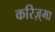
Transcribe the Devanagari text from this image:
करिज़्मा